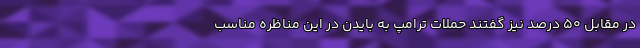
در مقابل ۵۰ درصد نیز گفتند حملات ترامپ به بایدن در این مناظره مناسب